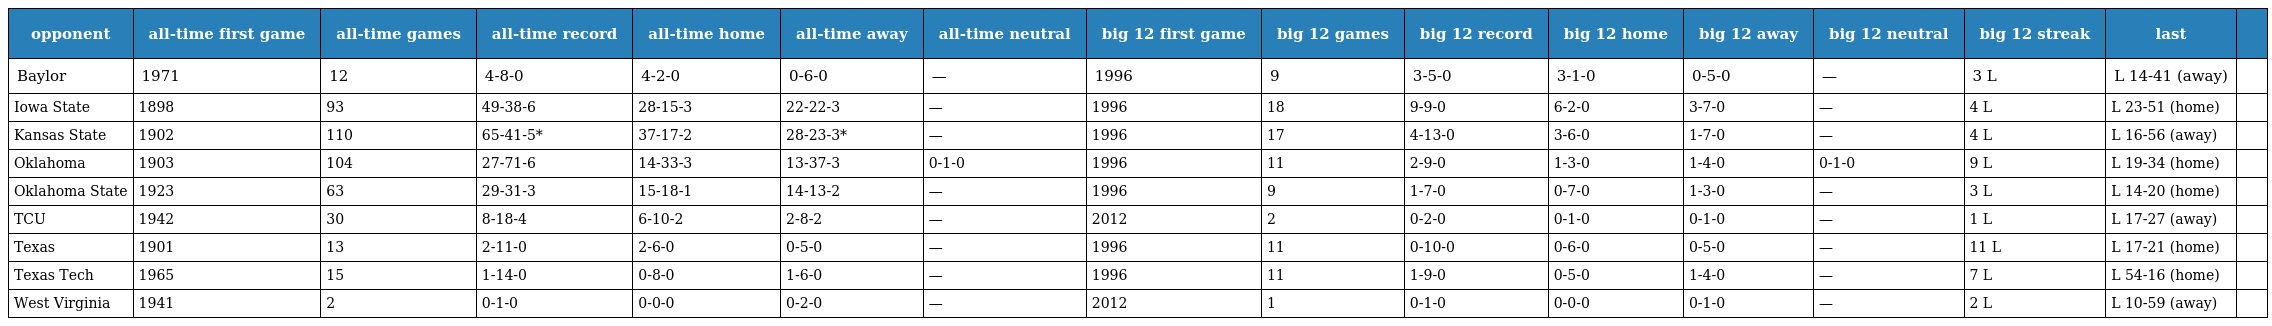
| opponent | all-time first game | all-time games | all-time record | all-time home | all-time away | all-time neutral | big 12 first game | big 12 games | big 12 record | big 12 home | big 12 away | big 12 neutral | big 12 streak | last |  |
 | --- | --- | --- | --- | --- | --- | --- | --- | --- | --- | --- | --- | --- | --- | --- | --- |
 | Baylor | 1971 | 12 | 4-8-0 | 4-2-0 | 0-6-0 | — | 1996 | 9 | 3-5-0 | 3-1-0 | 0-5-0 | — | 3 L | L 14-41 (away) |  |
 | Iowa State | 1898 | 93 | 49-38-6 | 28-15-3 | 22-22-3 | — | 1996 | 18 | 9-9-0 | 6-2-0 | 3-7-0 | — | 4 L | L 23-51 (home) |  |
 | Kansas State | 1902 | 110 | 65-41-5* | 37-17-2 | 28-23-3* | — | 1996 | 17 | 4-13-0 | 3-6-0 | 1-7-0 | — | 4 L | L 16-56 (away) |  |
 | Oklahoma | 1903 | 104 | 27-71-6 | 14-33-3 | 13-37-3 | 0-1-0 | 1996 | 11 | 2-9-0 | 1-3-0 | 1-4-0 | 0-1-0 | 9 L | L 19-34 (home) |  |
 | Oklahoma State | 1923 | 63 | 29-31-3 | 15-18-1 | 14-13-2 | — | 1996 | 9 | 1-7-0 | 0-7-0 | 1-3-0 | — | 3 L | L 14-20 (home) |  |
 | TCU | 1942 | 30 | 8-18-4 | 6-10-2 | 2-8-2 | — | 2012 | 2 | 0-2-0 | 0-1-0 | 0-1-0 | — | 1 L | L 17-27 (away) |  |
 | Texas | 1901 | 13 | 2-11-0 | 2-6-0 | 0-5-0 | — | 1996 | 11 | 0-10-0 | 0-6-0 | 0-5-0 | — | 11 L | L 17-21 (home) |  |
 | Texas Tech | 1965 | 15 | 1-14-0 | 0-8-0 | 1-6-0 | — | 1996 | 11 | 1-9-0 | 0-5-0 | 1-4-0 | — | 7 L | L 54-16 (home) |  |
 | West Virginia | 1941 | 2 | 0-1-0 | 0-0-0 | 0-2-0 | — | 2012 | 1 | 0-1-0 | 0-0-0 | 0-1-0 | — | 2 L | L 10-59 (away) |  |